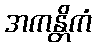
အကန္တိကံ